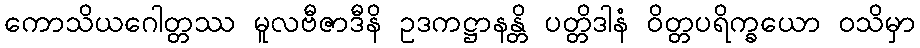
ကောသိယဂေါတ္တဿ မူလဗီဇာဒီနိ ဥဒကဋ္ဌာနန္တိ ပတ္တိဒါနံ ဝိတ္တပရိက္ခယော ဝသိမှာ